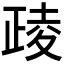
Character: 𪤶